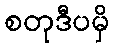
စတုဒီပမှိ